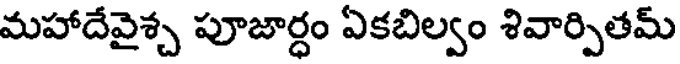
మహాదేవైశ్చ పూజార్ధం ఏకబిల్వం శివార్పితమ్